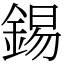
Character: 錫